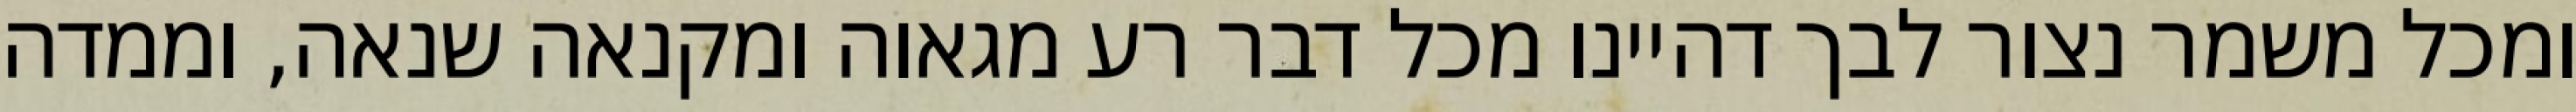
ומכל משמר נצור לבך דהיינו מכל דבר רע מגאוה ומקנאה שנאה, וממדה